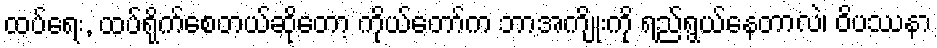
ထပ်ရေး, ထပ်ရိုက်စေတယ်ဆိုတော့ ကိုယ်တော်က ဘာအကျိုးကို ရည်ရွယ်နေတာလဲ၊ ဝိပဿနာ